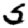
Digit: 5